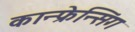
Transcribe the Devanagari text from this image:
कान्फ्रेन्सिंग